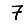
Digit: 7